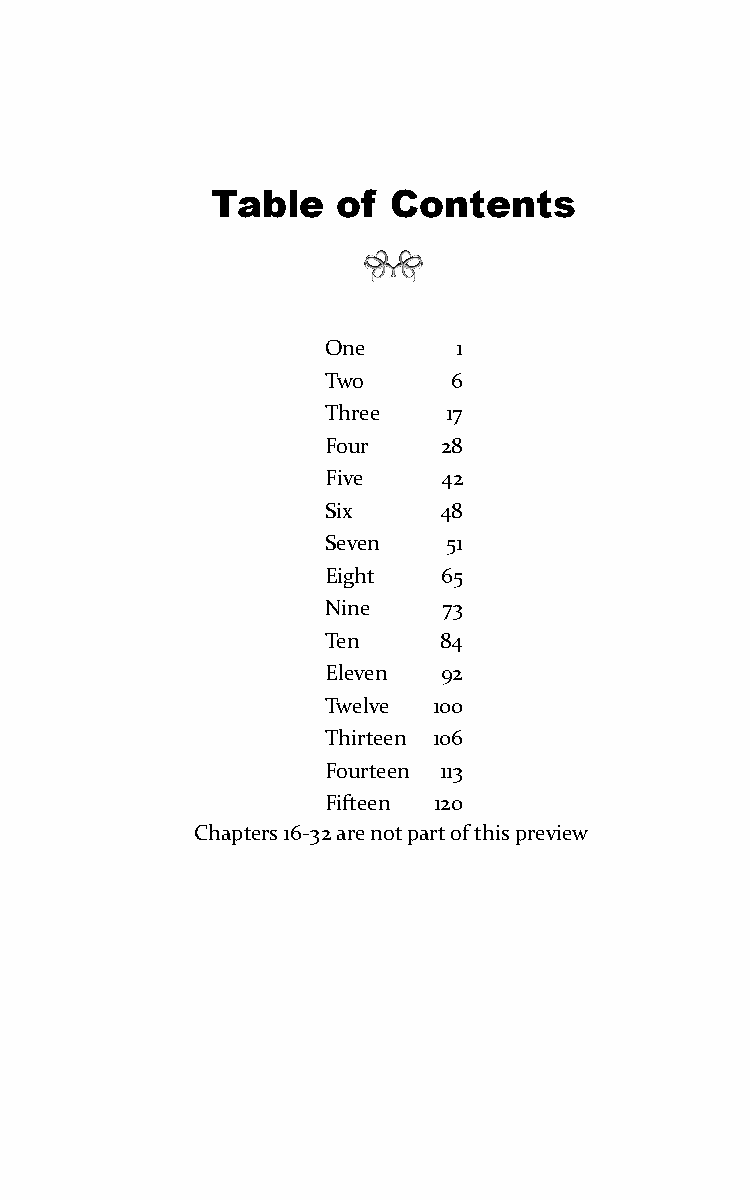
Table   of  Contents
 One     1
 Two     6
 Three   17
 Four   28
 Five   42
 Six    48
 Seven   51
 Eight  65
 Nine   73
 Ten    84
 Eleven 92
 Twelve 100
 Thirteen 106
 Fourteen 113
 Fifteen 120
 Chapters 16-32 are not part of this preview